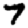
Digit: 7